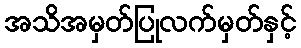
အသိအမှတ်ပြုလက်မှတ်နှင့်